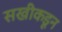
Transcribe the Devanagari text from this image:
सखीकडून